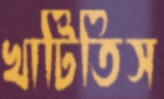
খাটিতিস